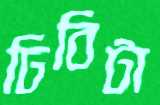
ঢিবিটা